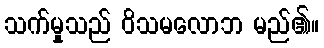
သက်မှုသည် ဝိသမလောဘ မည်၏။